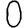
Digit: 0